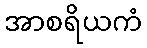
အာစရိယကံ